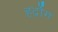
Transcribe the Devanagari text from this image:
हर्द्रोग